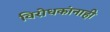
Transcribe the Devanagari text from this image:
विरोधकांनाही